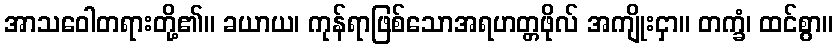
အာသဝေါတရားတို့၏။ ခယာယ၊ ကုန်ရာဖြစ်သောအရဟတ္တဖိုလ် အကျိုးငှာ။ တက္ခံ၊ ထင်စွာ။